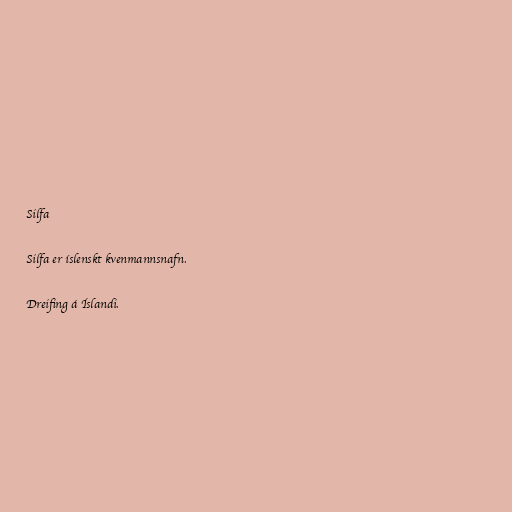
Silfa

Silfa er íslenskt kvenmannsnafn.

Dreifing á Íslandi.